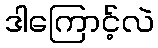
ဒါကြောင့်လဲ